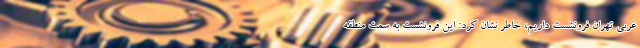
غربی تهران فرونشست داریم، خاطر نشان کرد: این فرونشست به سمت منطقه